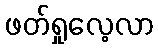
ဖတ်ရှုလေ့လာ